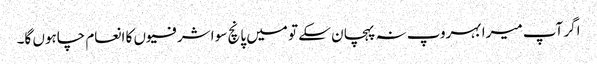
اگر آپ میرا بہروپ نہ پہچان سکے تو میں پانچ سو اشرفیوں کا انعام چاہوں گا۔